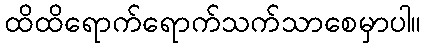
ထိထိရောက်ရောက်သက်သာစေမှာပါ။